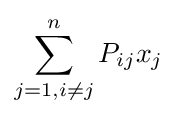
\sum _{j=1,i\neq j}^{n}P_{ij}x_{j}